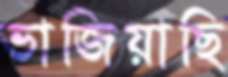
ভাজিয়াছি